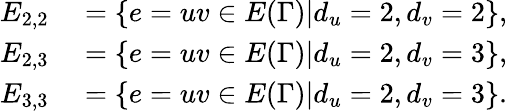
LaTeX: \begin{array}{rl}{E_{2,2}}&{{}=\{ e=uv\in E(\Gamma)|d_{u}=2,d_{v}=2\} ,}\\ {E_{2,3}}&{{}=\{ e=uv\in E(\Gamma)|d_{u}=2,d_{v}=3\} ,}\\ {E_{3,3}}&{{}=\{ e=uv\in E(\Gamma)|d_{u}=2,d_{v}=3\} .}\end{array}